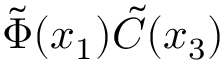
\tilde { \Phi } ( x _ { 1 } ) \tilde { C } ( x _ { 3 } )